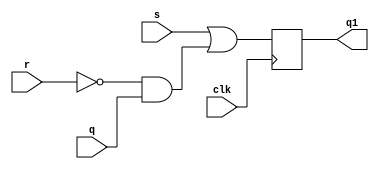
`timescale 1ns / 1ps
//////////////////////////////////////////////////////////////////////////////////
// Company: 
// Engineer: 
// 
// Design Name: 
// Module Name: sr
// Project Name: 
// Target Devices: 
// Tool Versions: 
// Description: 
// 
// Dependencies: 
// 
// Revision:
// Revision 0.01 - File Created
// Additional Comments:
// 
//////////////////////////////////////////////////////////////////////////////////


module sr(
    input s,
    input r,
    input q,clk,
    output reg q1
    );
    
    always@(posedge clk)
    begin
    q1=s|(~r&q);
    end
endmodule